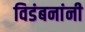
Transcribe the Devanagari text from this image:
विडंबनांनी